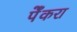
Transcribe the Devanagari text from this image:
पेँकरा